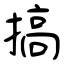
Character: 搞